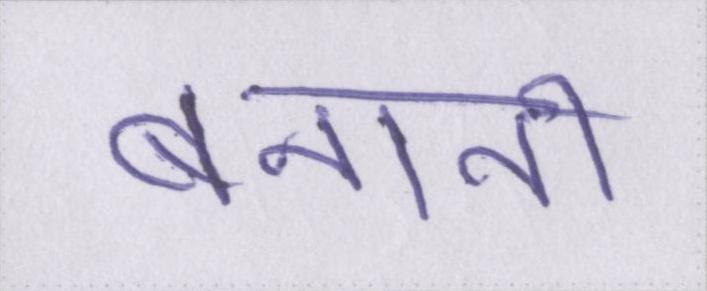
बनानी